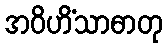
အဝိဟိံသာဓာတု